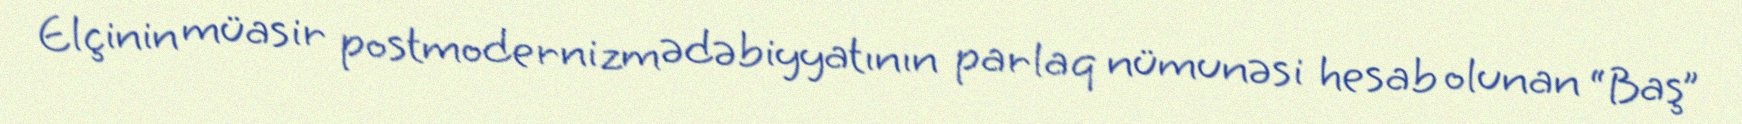
Elçinin müasir postmodernizm ədəbiyyatının parlaq nümunəsi hesab olunan “Baş”